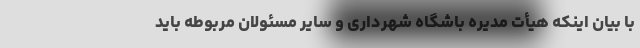
با بیان اینکه هیأت مدیره باشگاه شهرداری و سایر مسئولان مربوطه باید